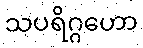
သပရိဂ္ဂဟော